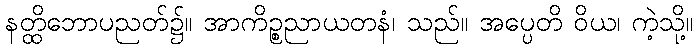
နတ္ထိဘောပညတ်၌။ အာကိဉ္စညာယတနံ၊ သည်။ အပ္ပေတိ ဝိယ၊ ကဲ့သို့။